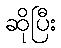
ဆိုပြီး